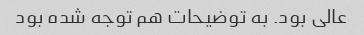
عالی بود. به توضیحات هم توجه شده بود